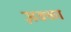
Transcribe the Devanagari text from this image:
ज़क्का